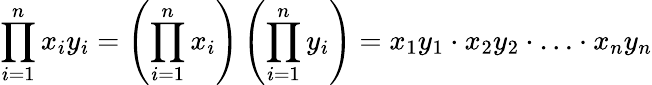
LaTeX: \prod_{i=1}^{n}{x_{i}y_{i}}=\left(\prod_{i=1}^{n}x_{i}\right)\left(\prod_{i=1}^{n}y_{i}\right)=x_{1}y_{1}\cdot x_{2}y_{2}\cdot\ldots\cdot x_{n}y_{n}